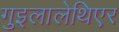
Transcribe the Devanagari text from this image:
गुइलालेथिएर